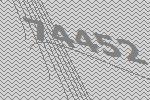
74452